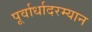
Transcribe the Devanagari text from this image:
पूर्वार्धादरम्यान